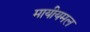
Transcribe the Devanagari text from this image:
मायीयमल